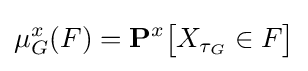
\mu _{G}^{x}(F)=\mathbf {P} ^{x}{\big [}X_{\tau _{G}}\in F{\big ]}